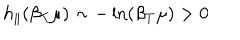
h _ { \parallel } ( \beta _ { T } \mu ) \sim - \ln ( \beta _ { T } \mu ) > 0